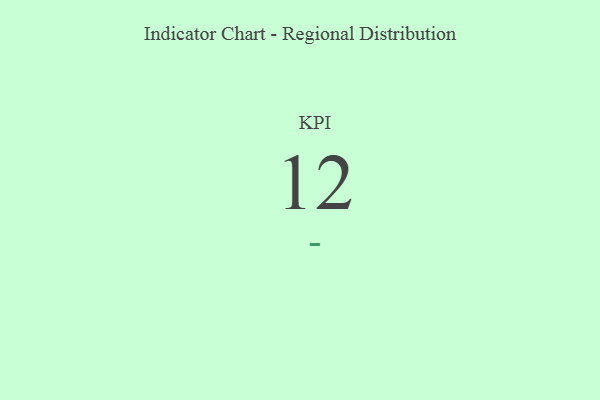
{"axis": {"x": "KPI", "y": "Value"}, "legend": [""], "data": [{"x": "KPI", "y": 12, "type": ""}]}